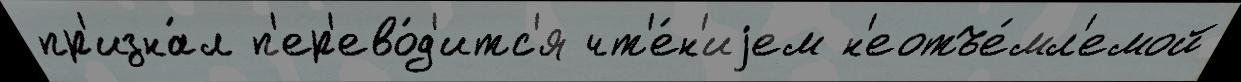
пр'изна́л п'ер'ево́д'итс'я чт'е́н'иjем н'еотъе́мл'емой